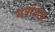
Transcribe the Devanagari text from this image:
गणंजय